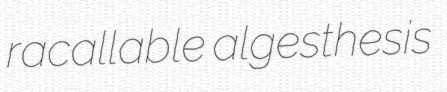
racallable algesthesis